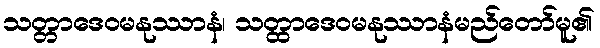
သတ္တာဒေဝမနုဿာနံ၊ သတ္ထာဒေဝမနုဿာနံမည်တော်မူ၏